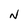
Character: N